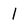
Character: 1